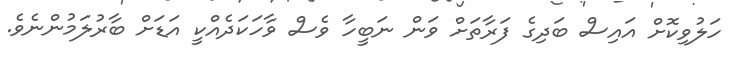
ހަލުވިކޮށް އައިސް ބަދިގެ ފަރާތަށް ވަން ނަބީހާ ވެސް ވާހަކަދެއްކީ އަޑަށް ބާރުލަމުންނެވެ.